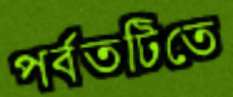
পর্বতটিতে